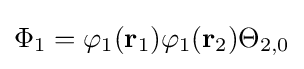
\Phi _{1}=\varphi _{1}(\mathbf {r} _{1})\varphi _{1}(\mathbf {r} _{2})\Theta _{2,0}